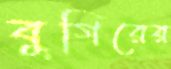
বুগিরের